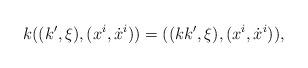
LaTeX: \begin{align*}k ((k', \xi), (x^{i}, \dot{x}^{i})) = ((k k', \xi), (x^{i}, \dot{x}^{i})),\end{align*}